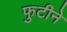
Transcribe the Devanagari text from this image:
फुटीने